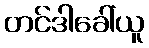
တင်ဒါခေါ်ယူ